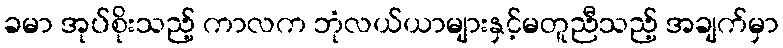
ခမာ အုပ်စိုးသည့် ကာလက ဘုံလယ်ယာများနှင့်မတူညီသည့် အချက်မှာ